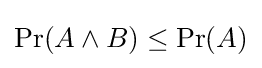
\Pr(A\land B)\leq \Pr(A)